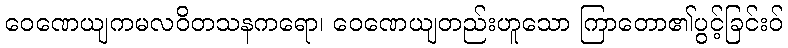
ဝေဏေယျကမလဝိတသနကရော၊ ဝေဏေယျတည်းဟူသော ကြာတော၏ပွင့်ခြင်းဝ်